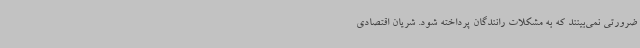
ضرورتی نمی‌بینند که به مشکلات رانندگان پرداخته شود. شریان اقتصادی